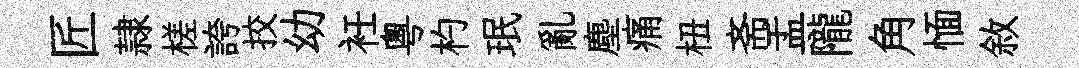
匠隷槎誇挍幼衽粵杓珉亂塵痛杻斋盂隴角愐敘